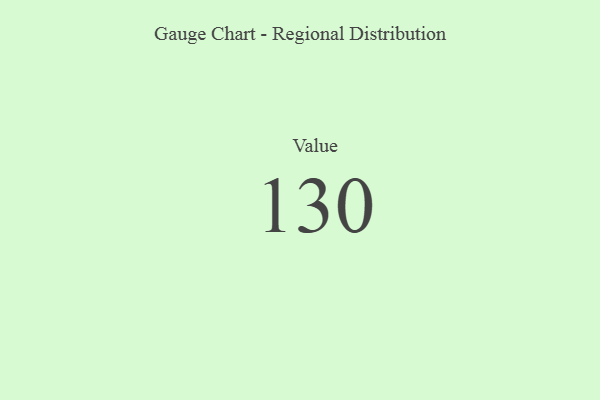
{"axis": {"x": "Metric", "y": "Value"}, "legend": [""], "data": [{"x": "Value", "y": 130, "type": ""}]}